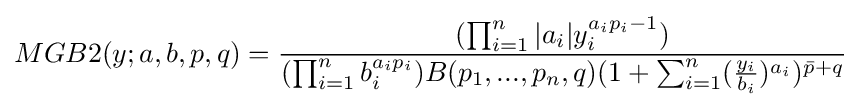
MGB2(y;a,b,p,q)={\frac {(\prod _{i=1}^{n}|a_{i}|y_{i}^{a_{i}p_{i}-1})}{(\prod _{i=1}^{n}b_{i}^{a_{i}p_{i}})B(p_{1},...,p_{n},q)(1+\sum _{i=1}^{n}({\frac {y_{i}}{b_{i}}})^{a_{i}})^{{\bar {p}}+q}}}